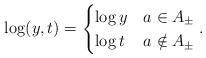
LaTeX: \begin{align*}\log(y,t)=\begin{cases}\log y & a\in A_\pm\\\log t & a\notin A_\pm\end{cases}.\end{align*}